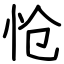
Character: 怆